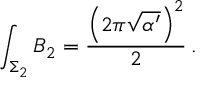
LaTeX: \int _ { \Sigma _ { 2 } } B _ { 2 } = \frac { \left( 2 \pi \sqrt { \alpha ^ { \prime } } \right) ^ { 2 } } { 2 } \, .